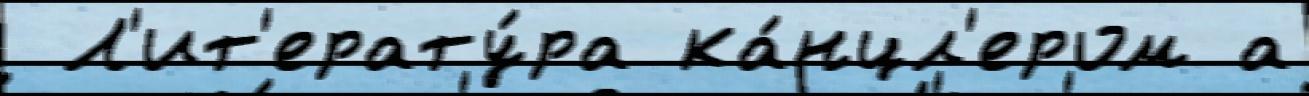
 Л'ит'ерату́ра ка́нцл'ером а